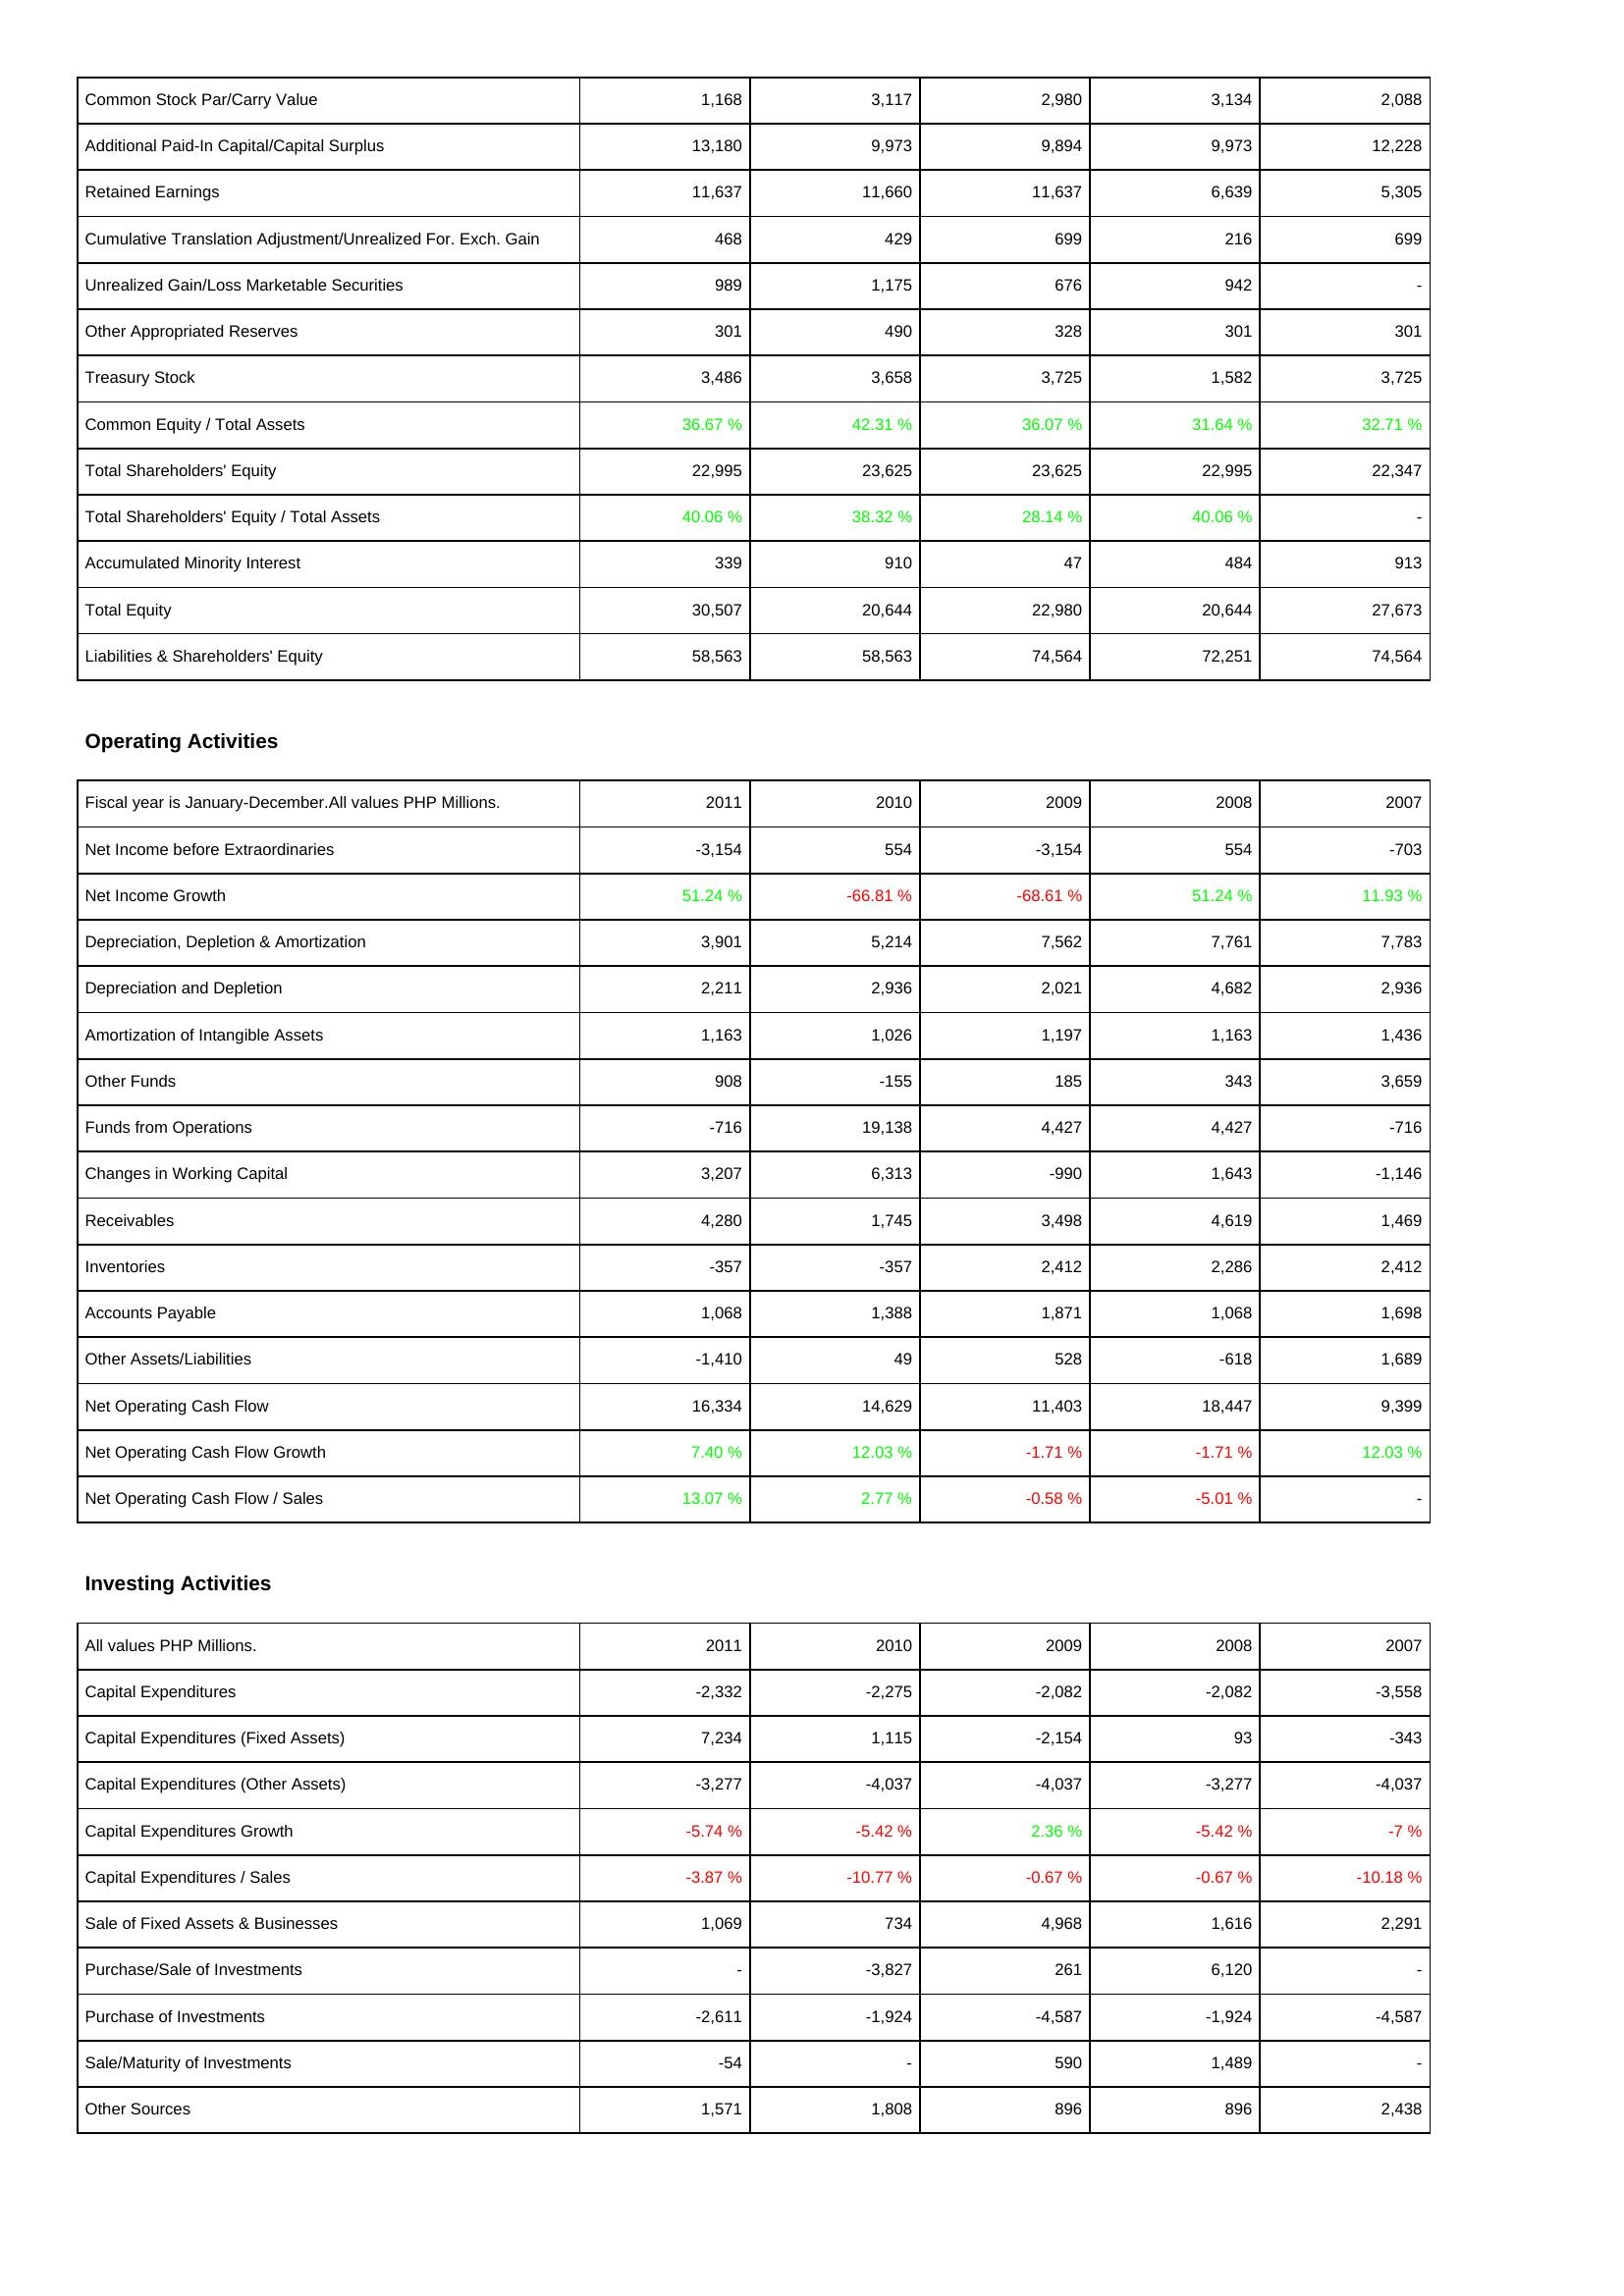
2011: Liabilities & Shareholders' Equity: Common Stock Par/Carry Value: 1,168
Additional Paid-In Capital/Capital Surplus: 13,180
Retained Earnings: 11,637
Cumulative Translation Adjustment/Unrealized For. Exch. Gain: 468
Unrealized Gain/Loss Marketable Securities: 989
Other Appropriated Reserves: 301
Treasury Stock: 3,486
Common Equity / Total Assets: 36.67 %
Total Shareholders' Equity: 22,995
Total Shareholders' Equity / Total Assets: 40.06 %
Accumulated Minority Interest: 339
Total Equity: 30,507
Liabilities & Shareholders' Equity: 58,563
Operating Activities: Net Income before Extraordinaries: -3,154
Net Income Growth: 51.24 %
Depreciation, Depletion & Amortization: 3,901
Depreciation and Depletion: 2,211
Amortization of Intangible Assets: 1,163
Other Funds: 908
Funds from Operations: -716
Changes in Working Capital: 3,207
Receivables: 4,280
Inventories: -357
Accounts Payable: 1,068
Other Assets/Liabilities: -1,410
Net Operating Cash Flow: 16,334
Net Operating Cash Flow Growth: 7.40 %
Net Operating Cash Flow / Sales: 13.07 %
Investing Activities: Capital Expenditures: -2,332
Capital Expenditures (Fixed Assets): 7,234
Capital Expenditures (Other Assets): -3,277
Capital Expenditures Growth: -5.74 %
Capital Expenditures / Sales: -3.87 %
Sale of Fixed Assets & Businesses: 1,069
Purchase/Sale of Investments: -
Purchase of Investments: -2,611
Sale/Maturity of Investments: -54
Other Sources: 1,571
2010: Liabilities & Shareholders' Equity: Common Stock Par/Carry Value: 3,117
Additional Paid-In Capital/Capital Surplus: 9,973
Retained Earnings: 11,660
Cumulative Translation Adjustment/Unrealized For. Exch. Gain: 429
Unrealized Gain/Loss Marketable Securities: 1,175
Other Appropriated Reserves: 490
Treasury Stock: 3,658
Common Equity / Total Assets: 42.31 %
Total Shareholders' Equity: 23,625
Total Shareholders' Equity / Total Assets: 38.32 %
Accumulated Minority Interest: 910
Total Equity: 20,644
Liabilities & Shareholders' Equity: 58,563
Operating Activities: Net Income before Extraordinaries: 554
Net Income Growth: -66.81 %
Depreciation, Depletion & Amortization: 5,214
Depreciation and Depletion: 2,936
Amortization of Intangible Assets: 1,026
Other Funds: -155
Funds from Operations: 19,138
Changes in Working Capital: 6,313
Receivables: 1,745
Inventories: -357
Accounts Payable: 1,388
Other Assets/Liabilities: 49
Net Operating Cash Flow: 14,629
Net Operating Cash Flow Growth: 12.03 %
Net Operating Cash Flow / Sales: 2.77 %
Investing Activities: Capital Expenditures: -2,275
Capital Expenditures (Fixed Assets): 1,115
Capital Expenditures (Other Assets): -4,037
Capital Expenditures Growth: -5.42 %
Capital Expenditures / Sales: -10.77 %
Sale of Fixed Assets & Businesses: 734
Purchase/Sale of Investments: -3,827
Purchase of Investments: -1,924
Sale/Maturity of Investments: -
Other Sources: 1,808
2009: Liabilities & Shareholders' Equity: Common Stock Par/Carry Value: 2,980
Additional Paid-In Capital/Capital Surplus: 9,894
Retained Earnings: 11,637
Cumulative Translation Adjustment/Unrealized For. Exch. Gain: 699
Unrealized Gain/Loss Marketable Securities: 676
Other Appropriated Reserves: 328
Treasury Stock: 3,725
Common Equity / Total Assets: 36.07 %
Total Shareholders' Equity: 23,625
Total Shareholders' Equity / Total Assets: 28.14 %
Accumulated Minority Interest: 47
Total Equity: 22,980
Liabilities & Shareholders' Equity: 74,564
Operating Activities: Net Income before Extraordinaries: -3,154
Net Income Growth: -68.61 %
Depreciation, Depletion & Amortization: 7,562
Depreciation and Depletion: 2,021
Amortization of Intangible Assets: 1,197
Other Funds: 185
Funds from Operations: 4,427
Changes in Working Capital: -990
Receivables: 3,498
Inventories: 2,412
Accounts Payable: 1,871
Other Assets/Liabilities: 528
Net Operating Cash Flow: 11,403
Net Operating Cash Flow Growth: -1.71 %
Net Operating Cash Flow / Sales: -0.58 %
Investing Activities: Capital Expenditures: -2,082
Capital Expenditures (Fixed Assets): -2,154
Capital Expenditures (Other Assets): -4,037
Capital Expenditures Growth: 2.36 %
Capital Expenditures / Sales: -0.67 %
Sale of Fixed Assets & Businesses: 4,968
Purchase/Sale of Investments: 261
Purchase of Investments: -4,587
Sale/Maturity of Investments: 590
Other Sources: 896
2008: Liabilities & Shareholders' Equity: Common Stock Par/Carry Value: 3,134
Additional Paid-In Capital/Capital Surplus: 9,973
Retained Earnings: 6,639
Cumulative Translation Adjustment/Unrealized For. Exch. Gain: 216
Unrealized Gain/Loss Marketable Securities: 942
Other Appropriated Reserves: 301
Treasury Stock: 1,582
Common Equity / Total Assets: 31.64 %
Total Shareholders' Equity: 22,995
Total Shareholders' Equity / Total Assets: 40.06 %
Accumulated Minority Interest: 484
Total Equity: 20,644
Liabilities & Shareholders' Equity: 72,251
Operating Activities: Net Income before Extraordinaries: 554
Net Income Growth: 51.24 %
Depreciation, Depletion & Amortization: 7,761
Depreciation and Depletion: 4,682
Amortization of Intangible Assets: 1,163
Other Funds: 343
Funds from Operations: 4,427
Changes in Working Capital: 1,643
Receivables: 4,619
Inventories: 2,286
Accounts Payable: 1,068
Other Assets/Liabilities: -618
Net Operating Cash Flow: 18,447
Net Operating Cash Flow Growth: -1.71 %
Net Operating Cash Flow / Sales: -5.01 %
Investing Activities: Capital Expenditures: -2,082
Capital Expenditures (Fixed Assets): 93
Capital Expenditures (Other Assets): -3,277
Capital Expenditures Growth: -5.42 %
Capital Expenditures / Sales: -0.67 %
Sale of Fixed Assets & Businesses: 1,616
Purchase/Sale of Investments: 6,120
Purchase of Investments: -1,924
Sale/Maturity of Investments: 1,489
Other Sources: 896
2007: Liabilities & Shareholders' Equity: Common Stock Par/Carry Value: 2,088
Additional Paid-In Capital/Capital Surplus: 12,228
Retained Earnings: 5,305
Cumulative Translation Adjustment/Unrealized For. Exch. Gain: 699
Unrealized Gain/Loss Marketable Securities: -
Other Appropriated Reserves: 301
Treasury Stock: 3,725
Common Equity / Total Assets: 32.71 %
Total Shareholders' Equity: 22,347
Total Shareholders' Equity / Total Assets: -
Accumulated Minority Interest: 913
Total Equity: 27,673
Liabilities & Shareholders' Equity: 74,564
Operating Activities: Net Income before Extraordinaries: -703
Net Income Growth: 11.93 %
Depreciation, Depletion & Amortization: 7,783
Depreciation and Depletion: 2,936
Amortization of Intangible Assets: 1,436
Other Funds: 3,659
Funds from Operations: -716
Changes in Working Capital: -1,146
Receivables: 1,469
Inventories: 2,412
Accounts Payable: 1,698
Other Assets/Liabilities: 1,689
Net Operating Cash Flow: 9,399
Net Operating Cash Flow Growth: 12.03 %
Net Operating Cash Flow / Sales: -
Investing Activities: Capital Expenditures: -3,558
Capital Expenditures (Fixed Assets): -343
Capital Expenditures (Other Assets): -4,037
Capital Expenditures Growth: -7 %
Capital Expenditures / Sales: -10.18 %
Sale of Fixed Assets & Businesses: 2,291
Purchase/Sale of Investments: -
Purchase of Investments: -4,587
Sale/Maturity of Investments: -
Other Sources: 2,438